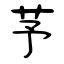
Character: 芧